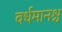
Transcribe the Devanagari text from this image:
वर्धमानश्च